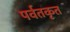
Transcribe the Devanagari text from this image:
पर्वतकृत